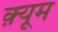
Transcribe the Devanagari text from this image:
क़्यूम